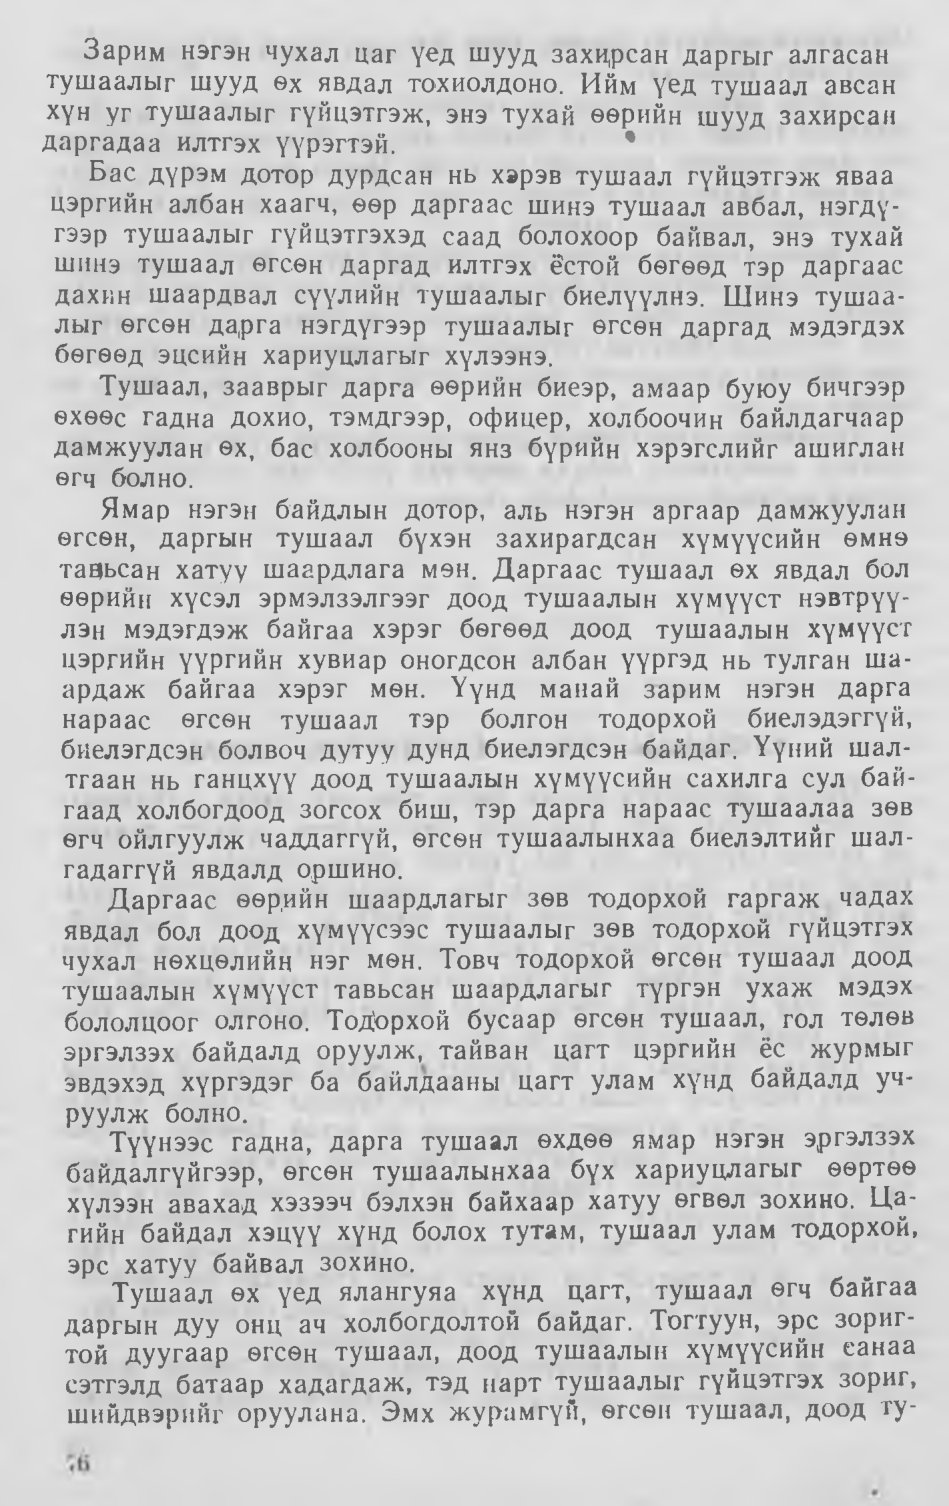
Language: mn